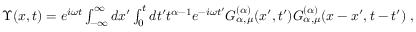
\begin{array} { r } { \Upsilon ( x , t ) = e ^ { i \omega t } \int _ { - \infty } ^ { \infty } d x ^ { \prime } \int _ { 0 } ^ { t } d t ^ { \prime } t ^ { \alpha - 1 } e ^ { - i \omega t ^ { \prime } } { \cal { G } } _ { \alpha , \mu } ^ { ( \alpha ) } ( x ^ { \prime } , t ^ { \prime } ) { \cal { G } } _ { \alpha , \mu } ^ { ( \alpha ) } ( x - x ^ { \prime } , t - t ^ { \prime } ) \; , } \end{array}